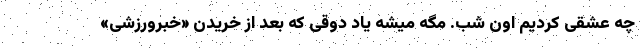
چه عشقی کردیم اون شب. مگه میشه یاد دوقی که بعد از خریدن «خبرورزشی»